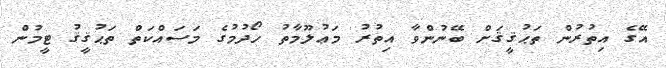
އޭގެ އިތުރުން ތަޙުޤީޤަށް ބޭނުންވާ އިތުރު މަޢުލޫމާތު ހޯދުމުގެ މަސައްކަތް ތަޙުޤީޤު ޓީމުން